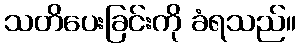
သတိပေးခြင်းကို ခံရသည်။